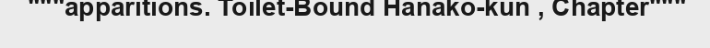
"""apparitions. Toilet-Bound Hanako-kun , Chapter"""